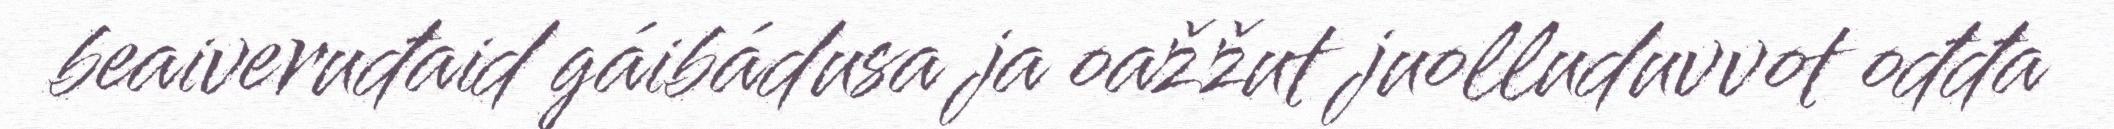
beaiveruđaid gáibádusa ja oažžut juolluduvvot ođđa